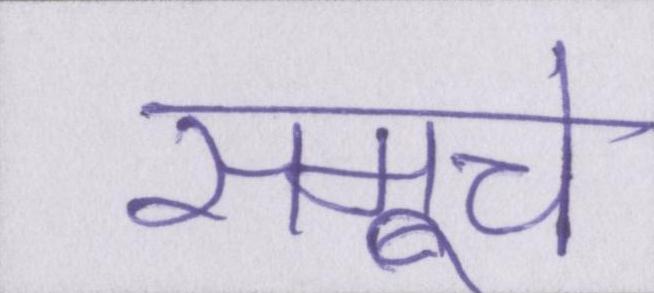
समूचे